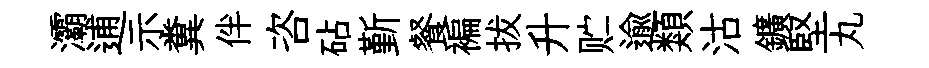
灞逋示糞伴咨砧斳餐褊拔升贮逾類沽鑛堅丸